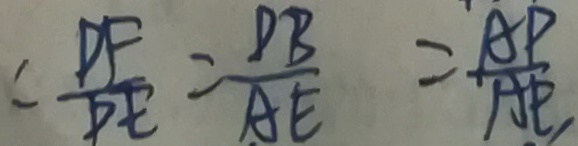
= \frac { D F } { D E } = \frac { D B } { A E } = \frac { A D } { A E } ,